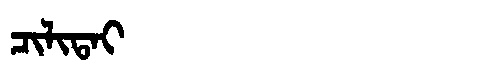
Manchu: ᠴᡳᠯᡳᡨᠠᡳ
Romanization: CILITAI